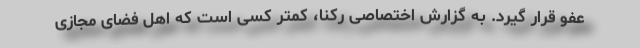
عفو قرار گیرد. به گزارش اختصاصی رکنا، کمتر کسی است که اهل فضای مجازی